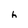
Character: h